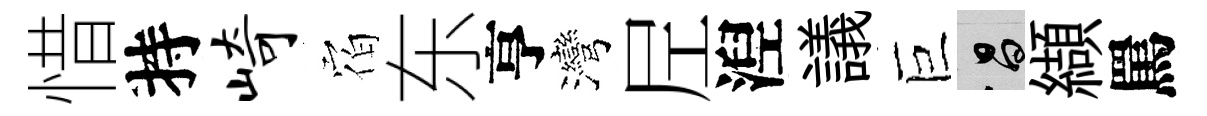
惜持崎𪧐东亨灣𡰱湼議巨昌纈罵